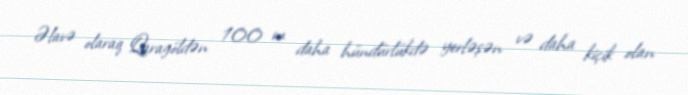
Əlavə olaraq Qaragöldən 100 m daha hündürlükdə yerləşən və daha kiçik olan